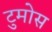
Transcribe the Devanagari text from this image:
टुमोस